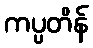
ကပ္ပတိန်